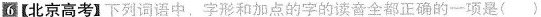
6【北京高考】下列词语中，字形和加点的字的读音全都正确的一项是()